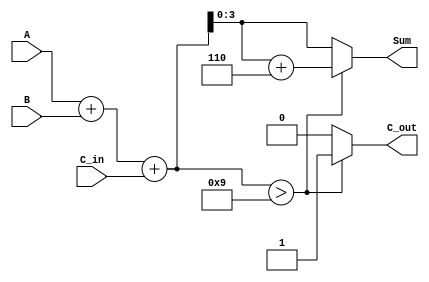
module BCD_Conditional_Adder (
    input [3:0] A,         // 4-bit BCD input A
    input [3:0] B,         // 4-bit BCD input B
    input C_in,            // Carry input
    output reg [3:0] Sum,  // 4-bit BCD output Sum
    output reg C_out       // Carry output
);

    wire [4:0] Temp_Sum;   // 5-bit to hold the sum of A, B, and C_in
    wire is_bcd_invalid;    // Signal to check if the BCD is invalid

    // Step 1: Perform the initial addition (A + B + C_in)
    assign Temp_Sum = A + B + C_in;

    // Step 2: Check if Temp_Sum exceeds 9
    assign is_bcd_invalid = Temp_Sum > 9;

    // Step 3: Calculate Sum and C_out
    always @(*) begin
        if (is_bcd_invalid) begin
            Sum = Temp_Sum + 4'b0110; // Adjust the sum by adding 6 (0110)
            C_out = 1;                 // Set carry out to 1
        end else begin
            Sum = Temp_Sum[3:0];       // Directly take the lower 4 bits
            C_out = 0;                 // Set carry out to 0
        end
    end

endmodule